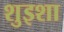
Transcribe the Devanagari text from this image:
शुइशा